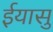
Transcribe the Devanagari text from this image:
ईयासु